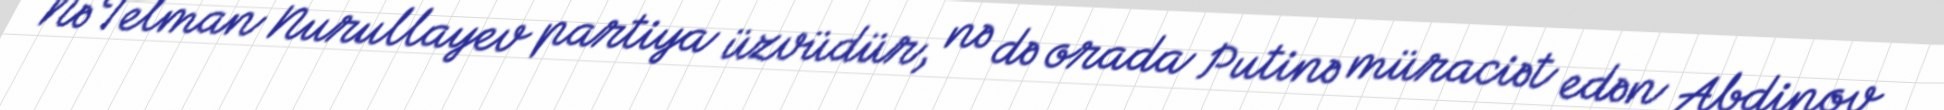
Nə Telman Nurullayev partiya üzvüdür, nə də orada Putinə müraciət edən Abdinov